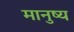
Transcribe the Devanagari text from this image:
मानुष्य